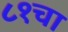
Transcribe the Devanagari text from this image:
८१चा